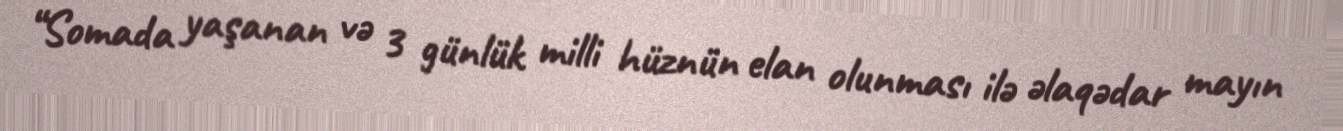
“Somada yaşanan və 3 günlük milli hüznün elan olunması ilə əlaqədar mayın